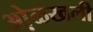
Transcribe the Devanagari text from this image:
ओ़ळखली